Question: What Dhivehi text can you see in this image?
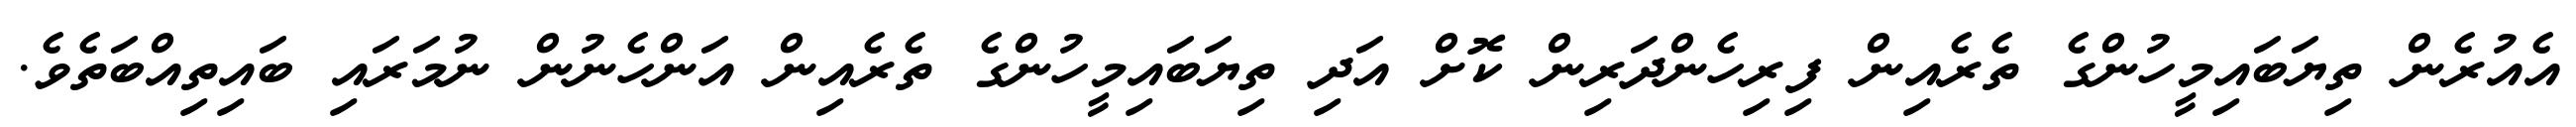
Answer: އެއުރެން ތިޔަބައިމީހުންގެ ތެރެއިން ފިރިހެންދަރިން ކޮށް އަދި ތިޔަބައިމީހުންގެ ތެރެއިން އަންހެނުން ނުމަރައި ބައިތިއްބަތެވެ.